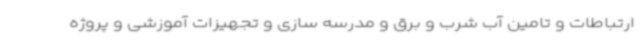
ارتباطات و تامین آب شرب و برق و مدرسه سازی و تجهیزات آموزشی و پروژه